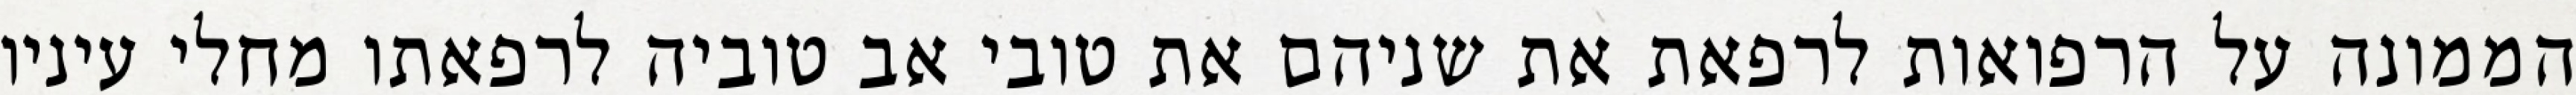
הממונה על הרפואות לרפאת את שניהם את טובי אב טוביה לרפאתו מחלי עיניו